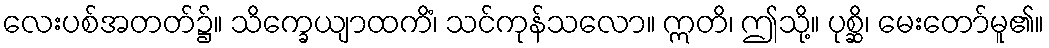
လေးပစ်အတတ်၌။ သိက္ခေယျာထကိံ၊ သင်ကုန်သလော။ ဣတိ၊ ဤသို့။ ပုစ္ဆိ၊ မေးတော်မူ၏။